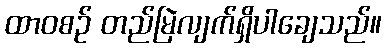
ထာဝစဉ် တည်မြဲလျက်ရှိပါချေသည်။